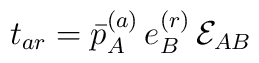
t_{ar} =   \bar p^{(a)}_A \, e^{(r)}_B \,       {\cal E}_{AB}